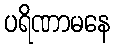
ပရိဏာမနေ